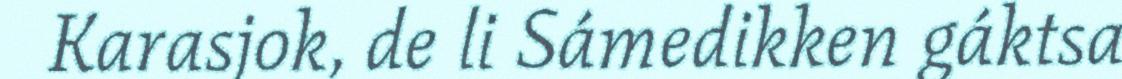
Karasjok, de li Sámedikken gáktsa